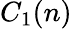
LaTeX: C_{1}(n)